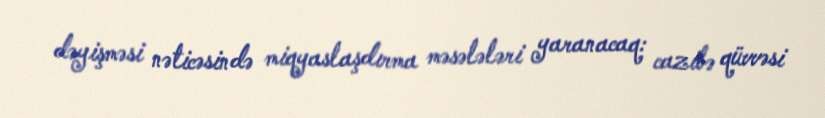
dəyişməsi nəticəsində miqyaslaşdırma məsələləri yaranacaq: cazibə qüvvəsi